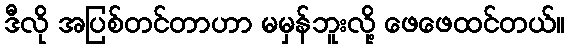
ဒီလို အပြစ်တင်တာဟာ မမှန်ဘူးလို့ ဖေဖေထင်တယ်။